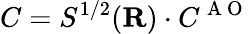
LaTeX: C=S^{1/2}({\mathbf{R}})\cdot C^{\mathrm{~A~O~}}